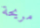
مريحة